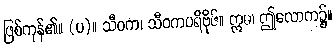
ဖြစ်ကုန်၏။ (ပ)။ သီဝက၊ သီဝကပရိဗိုဇ်။ ဣဓ၊ ဤလောက၌။